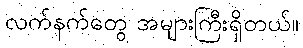
လက်နက်တွေ အများကြီးရှိတယ်။